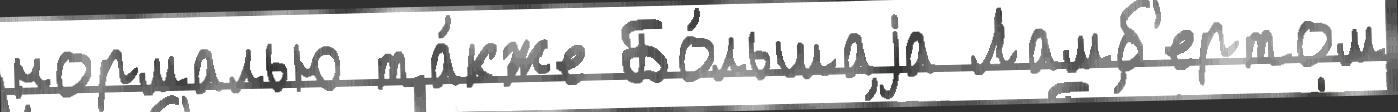
нормалью та́кже Бо́льшаjа Ламб'ертом